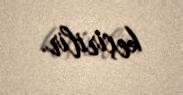
keçirilir.